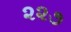
૨૨૭